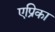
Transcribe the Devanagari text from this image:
एप्रिका